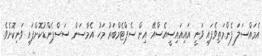
އެމައްސަލަ ފެންމަތިވެފައި ވަނީ އައިއައިސީއެސްއޭ އިން ސެޕްޓެމްބަރު މަހު އެމާސަން ސަސްޕެންޑުކޮށްފައި ވަނިކޮށެވެ.